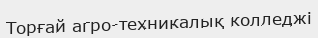
Торғай агро-техникалық колледжі